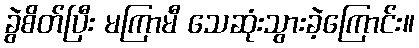
ခွဲစိတ်ပြီး မကြာမီ သေဆုံးသွားခဲ့ကြောင်း။